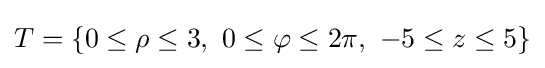
T=\{0\leq \rho \leq 3,\ 0\leq \varphi \leq 2\pi ,\ -5\leq z\leq 5\}